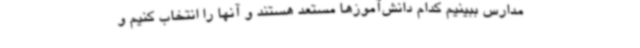
مدارس ببینیم کدام دانش‌آموزها مستعد هستند و آنها را انتخاب کنیم و